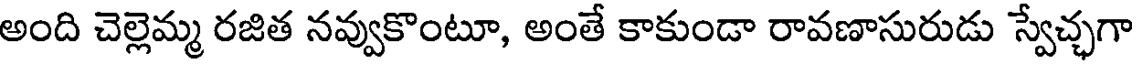
అంది చెల్లెమ్మ రజిత నవ్వుకొంటూ, అంతే కాకుండా రావణాసురుడు స్వేచ్ఛగా